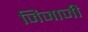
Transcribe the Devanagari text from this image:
जिजाजी